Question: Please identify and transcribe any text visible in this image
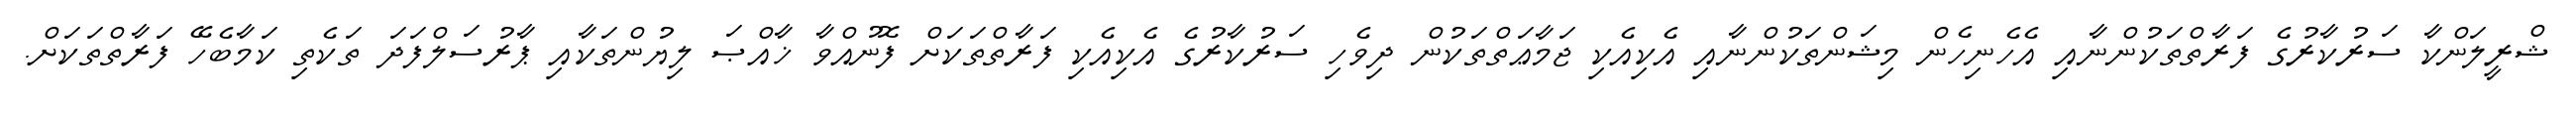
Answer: ޝްރީލަންކާ ސަރުކާރުގެ ފަރާތްތަކުންނާއި އެހެނިހެން މިޝަންތަކުންނާއި އެކިއެކި ޖަމާޢަތްތަކުން ދިވެހި ސަރުކާރުގެ އެކިއެކި ފަރާތްތަކަށް ފޮނުއްވާ ޚާއްޞަ ލިޔުންތަކާއި ޕާރުސަލްފަދަ ތަކެތި ކަމާބެހޭ ފަރާތްތަކަށް.